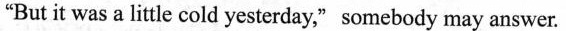
"But it was a little cold yesterday，" somebody may answer.